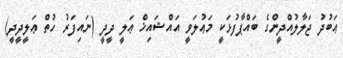
ޢަބުދު ޖަލާލުއްދީންގެ ބައްޕާފުޅަކީ މަޢުލަވީ އައްޝައިޚް ޢަލީ ދީދީ (ނައިފަރު ހުތް ޢަލީދީދީ)